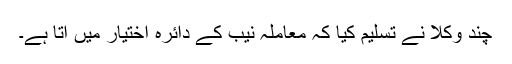
چند وکلا نے تسلیم کیا کہ معاملہ نیب کے دائرہ اختیار میں آتا ہے۔